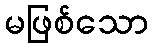
မဖြစ်သော